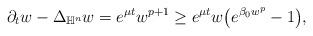
LaTeX: \begin{align*}\partial_{t}w-\Delta_{\mathbb{H}^{n}} w=e^{\mu t}w^{p+1} \geq e^{\mu t} w \big( e^{\beta_0 w^{p}}-1\big),\end{align*}